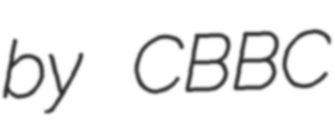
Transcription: by CBBC